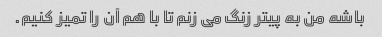
باشه من به پیتر زنگ می زنم تا با هم آن را تمیز کنیم.